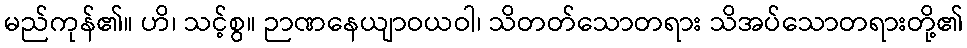
မည်ကုန်၏။ ဟိ၊ သင့်စွ။ ဉာဏနေယျာဝယဝါ၊ သိတတ်သောတရား သိအပ်သောတရားတို့၏